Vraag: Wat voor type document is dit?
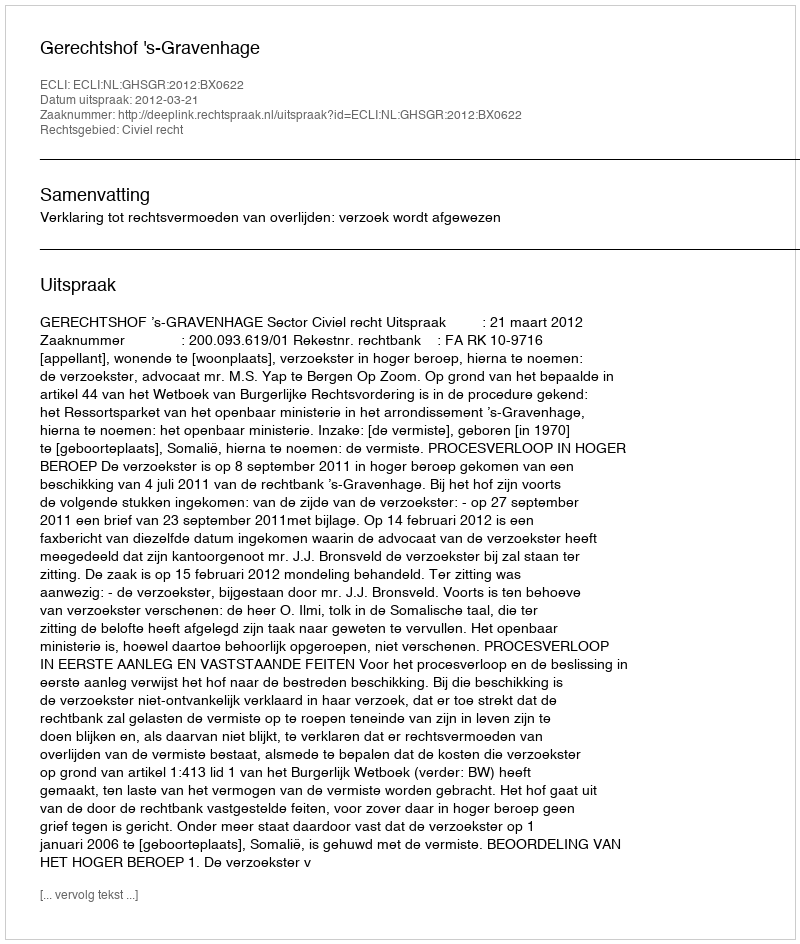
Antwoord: Uitspraak